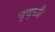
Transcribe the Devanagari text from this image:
वृद्ध्यै